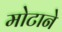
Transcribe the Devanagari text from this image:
मोटाने